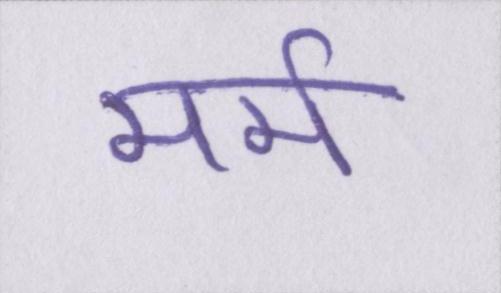
मर्म